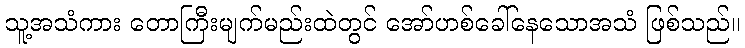
သူ့အသံကား တောကြီးမျက်မည်းထဲတွင် အော်ဟစ်ခေါ်နေသောအသံ ဖြစ်သည်။